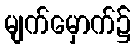
မျက်မှောက်၌